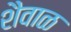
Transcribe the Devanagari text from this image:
शैवाळ